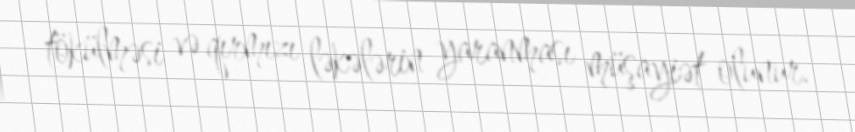
tökülməsi və qırmızı ləkələrin yaranması müşayiət olunur.